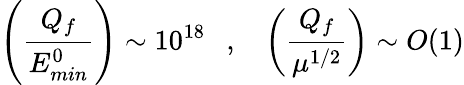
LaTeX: \left(\frac{Q_{f}}{E_{min}^{0}}\right)\sim 10^{18}\ \ \ ,\ \ \ \left(\frac{Q_{f}}{\mu^{1/2}}\right)\sim O(1)